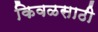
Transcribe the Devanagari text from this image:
किवळसाठी